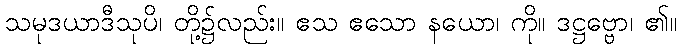
သမုဒယာဒီသုပိ၊ တို့၌လည်း။ ဧသ ဧသော နယော၊ ကို။ ဒဋ္ဌဗ္ဗော၊ ၏။